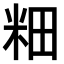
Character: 𫂺